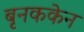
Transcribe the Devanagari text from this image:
बृनककेन